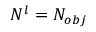
N ^ { l } = N _ { o b j }